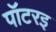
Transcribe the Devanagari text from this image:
पॉटरइ